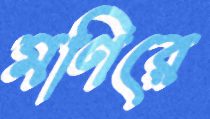
মণিরে